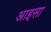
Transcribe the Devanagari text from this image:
आइसा